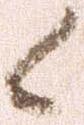
候